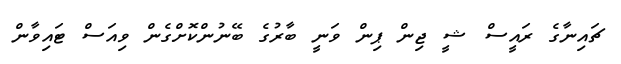
ޗައިނާގެ ރައީސް ޝީ ޖިން ޕިން ވަނީ ބާރުގެ ބޭނުންކޮށްގެން ވިއަސް ޓައިވާން